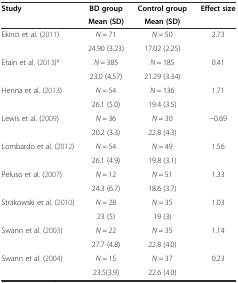
| <ROWSPAN=2> Study | BD group | Control group | <ROWSPAN=2> Effect size |
 | Mean (SD) | Mean (SD) |
 | --- | --- | --- | --- |
 | <ROWSPAN=2> Ekinci et al. (2011) | N = 71 | N = 50 | <ROWSPAN=2> 2.73 |
 | 24.90 (3.23) | 17.02 (2.25) |
 | <ROWSPAN=2> Etain et al. (2013)a | N = 385 | N = 185 | <ROWSPAN=2> 0.41 |
 | 23.0 (4.57) | 21.29 (3.34) |
 | <ROWSPAN=2> Henna et al. (2013) | N = 54 | N = 136 | <ROWSPAN=2> 1.71 |
 | 26.1 (5.0) | 19.4 (3.5) |
 | <ROWSPAN=2> Lewis et al. (2009) | N = 36 | N = 30 | <ROWSPAN=2> -0.69 |
 | 20.2 (3.3) | 22.8 (4.3) |
 | <ROWSPAN=2> Lombardo et al. (2012) | N = 54 | N = 49 | <ROWSPAN=2> 1.56 |
 | 26.1 (4.9) | 19.8 (3.1) |
 | <ROWSPAN=2> Peluso et al. (2007) | N = 12 | N = 51 | <ROWSPAN=2> 1.33 |
 | 24.3 (6.7) | 18.6 (3.7) |
 | <ROWSPAN=2> Strakowski et al. (2010) | N = 28 | N = 35 | <ROWSPAN=2> 1.03 |
 | 23 (5) | 19 (3) |
 | <ROWSPAN=2> Swann et al. (2003) | N = 22 | N = 35 | <ROWSPAN=2> 1.14 |
 | 27.7 (4.8) | 22.8 (4.0) |
 | <ROWSPAN=2> Swann et al. (2004) | N = 15 | N = 37 | <ROWSPAN=2> 0.23 |
 | 23.5(3.9) | 22.6 (4.0) |